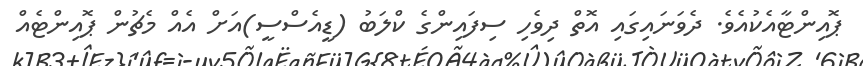
ޕޮއިންޓާއެކުއެވެ. ދެވަނައިގައި އޮތް ދިވެހި ސިފައިންގެ ކްލަބު (ޑީއެސްސީ)އަށް އެއް މެޗުން ޕޮއިންޓެއް